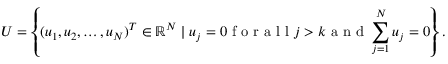
U = \left\{ ( u _ { 1 } , u _ { 2 } , \ldots , u _ { N } ) ^ { T } \in \mathbb { R } ^ { N } \mid u _ { j } = 0 \mathrm { ~ f ~ o ~ r ~ a ~ l ~ l ~ } j > k \mathrm { ~ a ~ n ~ d ~ } \sum _ { j = 1 } ^ { N } u _ { j } = 0 \right\} .